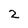
Character: 2